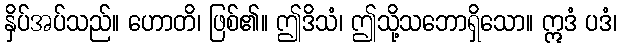
နှိပ်အပ်သည်။ ဟောတိ၊ ဖြစ်၏။ ဤဒိသံ၊ ဤသို့သဘောရှိသော။ ဣဒံ ပဒံ၊